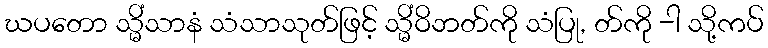
ဃပတော သ္မိံသာနံ သံသာသုတ်ဖြင့် သ္မိံဝိဘတ်ကို သံပြု, တ်ကို -ါ သို့ကပ်